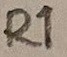
Text: R1